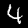
Label: 4